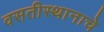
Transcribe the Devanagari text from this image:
वसतीस्थानाचे